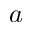
a